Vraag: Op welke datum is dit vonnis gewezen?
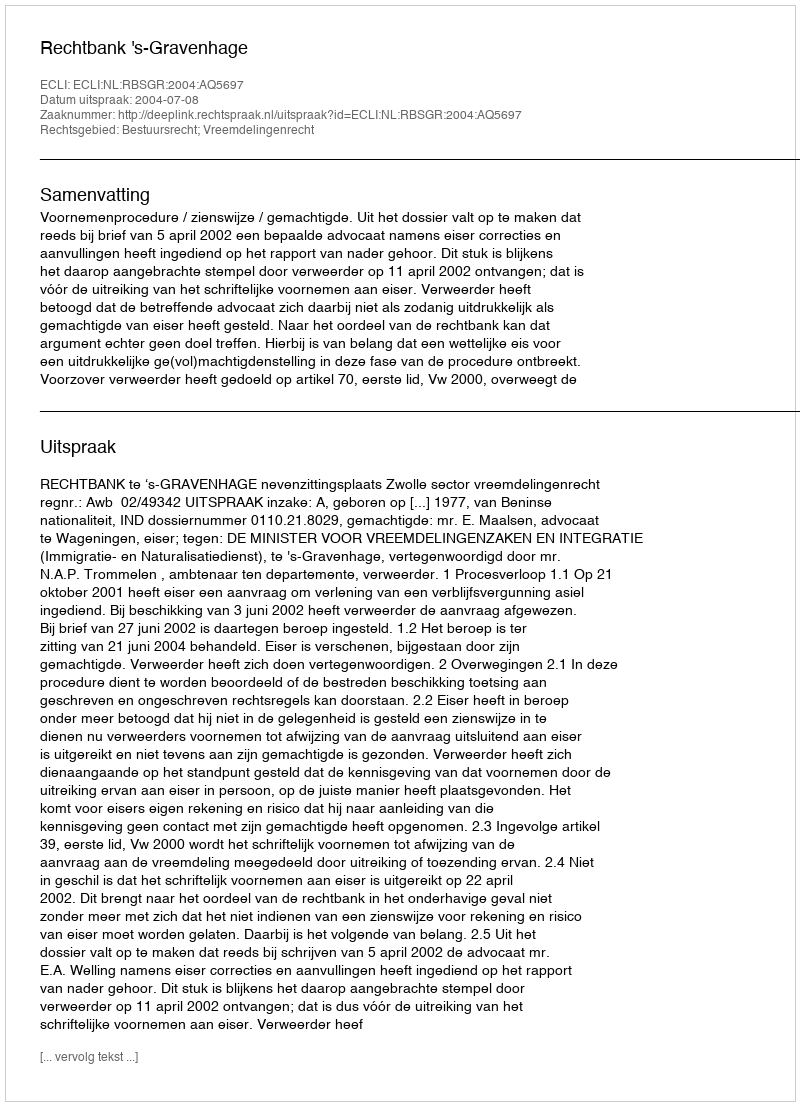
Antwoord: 2004-07-08